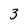
Character: 3